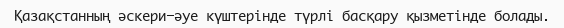
Қазақстанның әскери-әуе күштерінде түрлі басқару қызметінде болады.